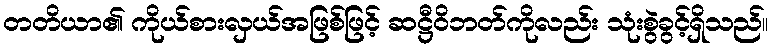
တတိယာ၏ ကိုယ်စားလှယ်အဖြစ်ဖြင့် ဆဋ္ဌီဝိဘတ်ကိုလည်း သုံးစွဲခွင့်ရှိသည်။